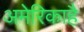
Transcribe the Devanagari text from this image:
अमेरिकाहै